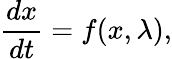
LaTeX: \frac{dx}{dt}=f(x,\lambda),